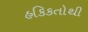
હકિકતોથી